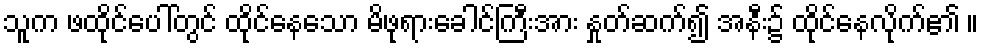
သူက ဖထိုင်ပေါ်တွင် ထိုင်နေသော မိဖုရားခေါင်ကြီးအား နှုတ်ဆက်၍ အနီး၌ ထိုင်နေလိုက်၏ ။